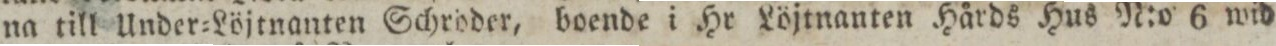
na till Under=Löjtnanten Schröder, boende i Hr Löjtnanten Hårds Hus N:o 6 wid